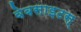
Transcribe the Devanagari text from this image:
वेबसाइटस्